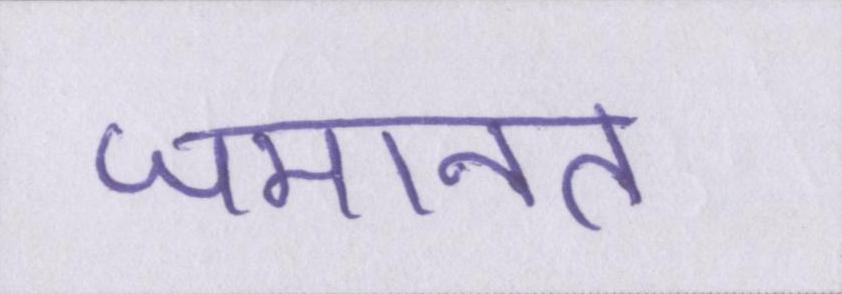
जमानत